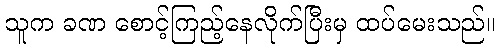
သူက ခဏ စောင့်ကြည့်နေလိုက်ပြီးမှ ထပ်မေးသည်။